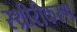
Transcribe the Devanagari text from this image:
स्थ्रीरीकरण